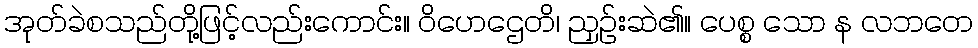
အုတ်ခဲစသည်တို့ဖြင့်လည်းကောင်း။ ဝိဟေဌေတိ၊ ညှဉ်းဆဲ၏။ ပေစ္စ သော န လဘတေ